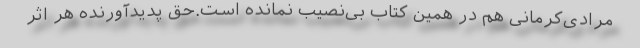
مرادی‌کرمانی هم در همین کتاب بی‌نصیب نمانده است.حق پدیدآورنده هر اثر